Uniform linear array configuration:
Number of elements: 48
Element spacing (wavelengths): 0.25
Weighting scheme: blackman
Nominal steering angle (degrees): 0
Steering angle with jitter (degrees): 0.7197
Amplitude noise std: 0.05
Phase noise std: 0.05

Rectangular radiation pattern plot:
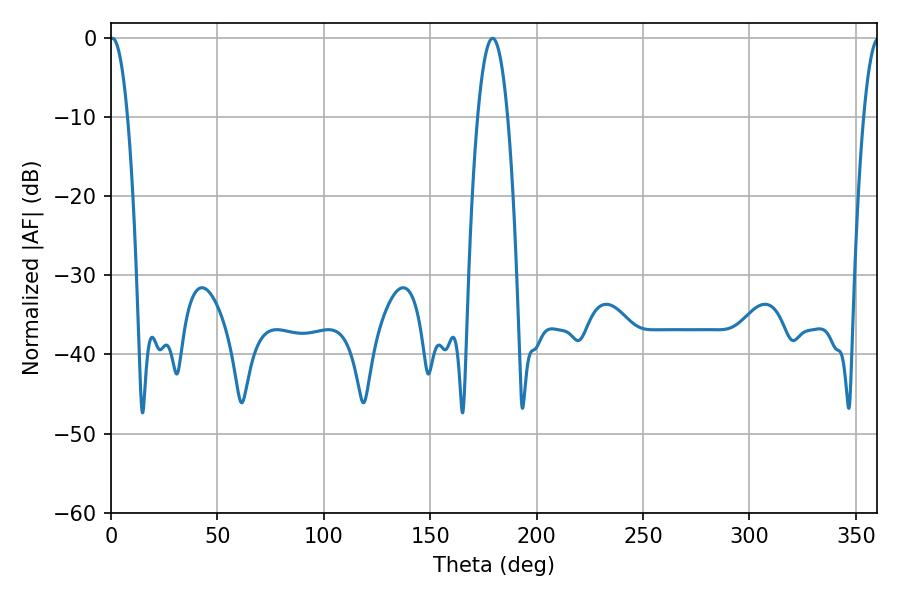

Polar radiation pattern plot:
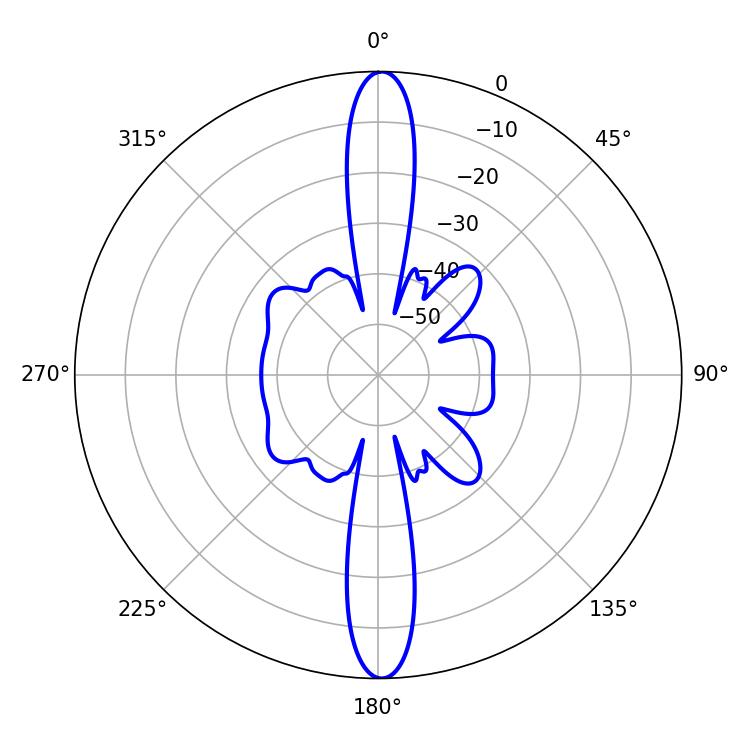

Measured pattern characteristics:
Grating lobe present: FALSE
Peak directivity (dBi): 27.582
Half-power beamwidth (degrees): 4.5
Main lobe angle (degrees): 0.72